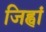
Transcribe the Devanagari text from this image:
जिह्वां